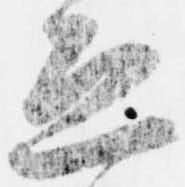
恐